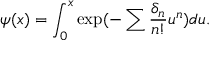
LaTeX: \psi ( x ) = \int _ { 0 } ^ { x } \exp ( - \sum \frac { \delta _ { n } } { n ! } u ^ { n } ) d u .